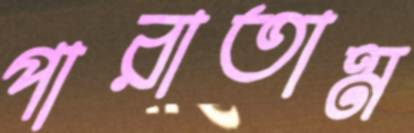
পারাতাম